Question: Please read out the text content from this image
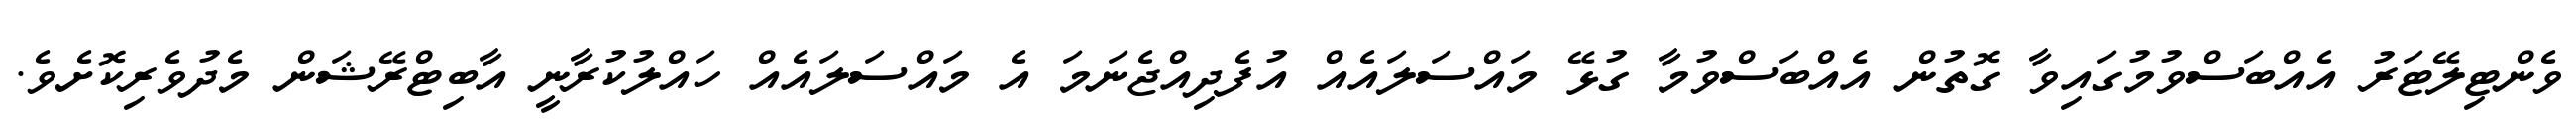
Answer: ވެންޓިލޭޓަރު އެއްބަސްވުމުގައިވާ ގޮތުން އެއްބަސްވުމާ ގުޅޭ މައްސަލައެއް އުފެދިއްޖެނަމަ އެ މައްސަލައެއް ހައްލުކުރާނީ އާބިޓްރޭޝަން މެދުވެރިކޮށެވެ.